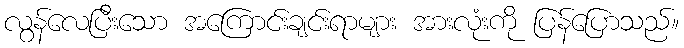
လွန်လေပြီးသော အကြောင်းချင်းရာများ အားလုံးကို ပြန်ပြောသည်။